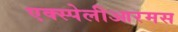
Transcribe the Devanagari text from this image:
एक्स्पेलीआरमस